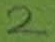
Text: 2